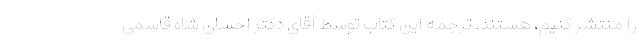
را منتشر کنیم، هستند. ترجمه این کتاب توسط آقای دکتر احسان شاه قاسمی